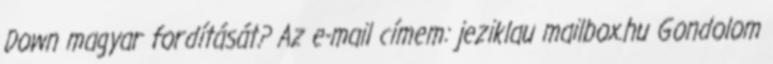
Down magyar fordítását? Az e-mail címem: jeziklau mailbox.hu Gondolom